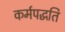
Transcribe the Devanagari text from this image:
कर्मपद्धति